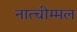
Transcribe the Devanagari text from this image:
नात्चीम्मल